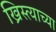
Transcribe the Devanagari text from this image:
ख्रिस्त्याच्या